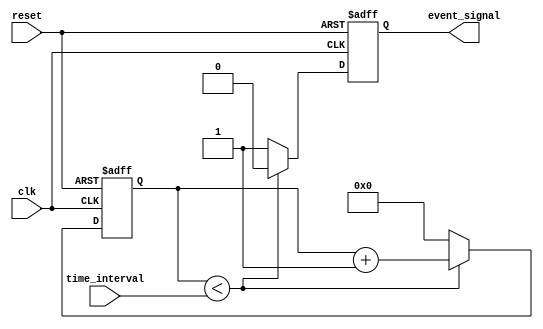
module timer_event_control (
    input wire clk,                // Clock signal
    input wire reset,              // Asynchronous reset signal
    input wire [31:0] time_interval, // Duration for the timer
    output reg event_signal        // Event signal output
);

    reg [31:0] counter;            // Internal counter

    // Asynchronous reset and counting logic
    always @(posedge clk or posedge reset) begin
        if (reset) begin
            counter <= 32'b0;       // Reset counter to 0
            event_signal <= 1'b0;   // De-assert event signal
        end else begin
            if (counter < time_interval) begin
                counter <= counter + 1; // Increment counter
                event_signal <= 1'b0;     // Keep event signal low
            end else begin
                event_signal <= 1'b1;     // Assert event signal
                counter <= 32'b0;          // Reset counter after event
            end
        end
    end

endmodule